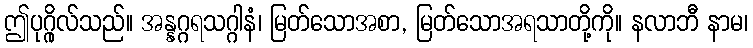
ဤပုဂ္ဂိုလ်သည်။ အန္နဂ္ဂရသဂ္ဂါနံ၊ မြတ်သောအစာ, မြတ်သောအရသာတို့ကို။ နလာဘီ နာမ၊